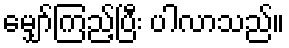
မျှော်ကြည့်ပြီး ပါလာသည်။